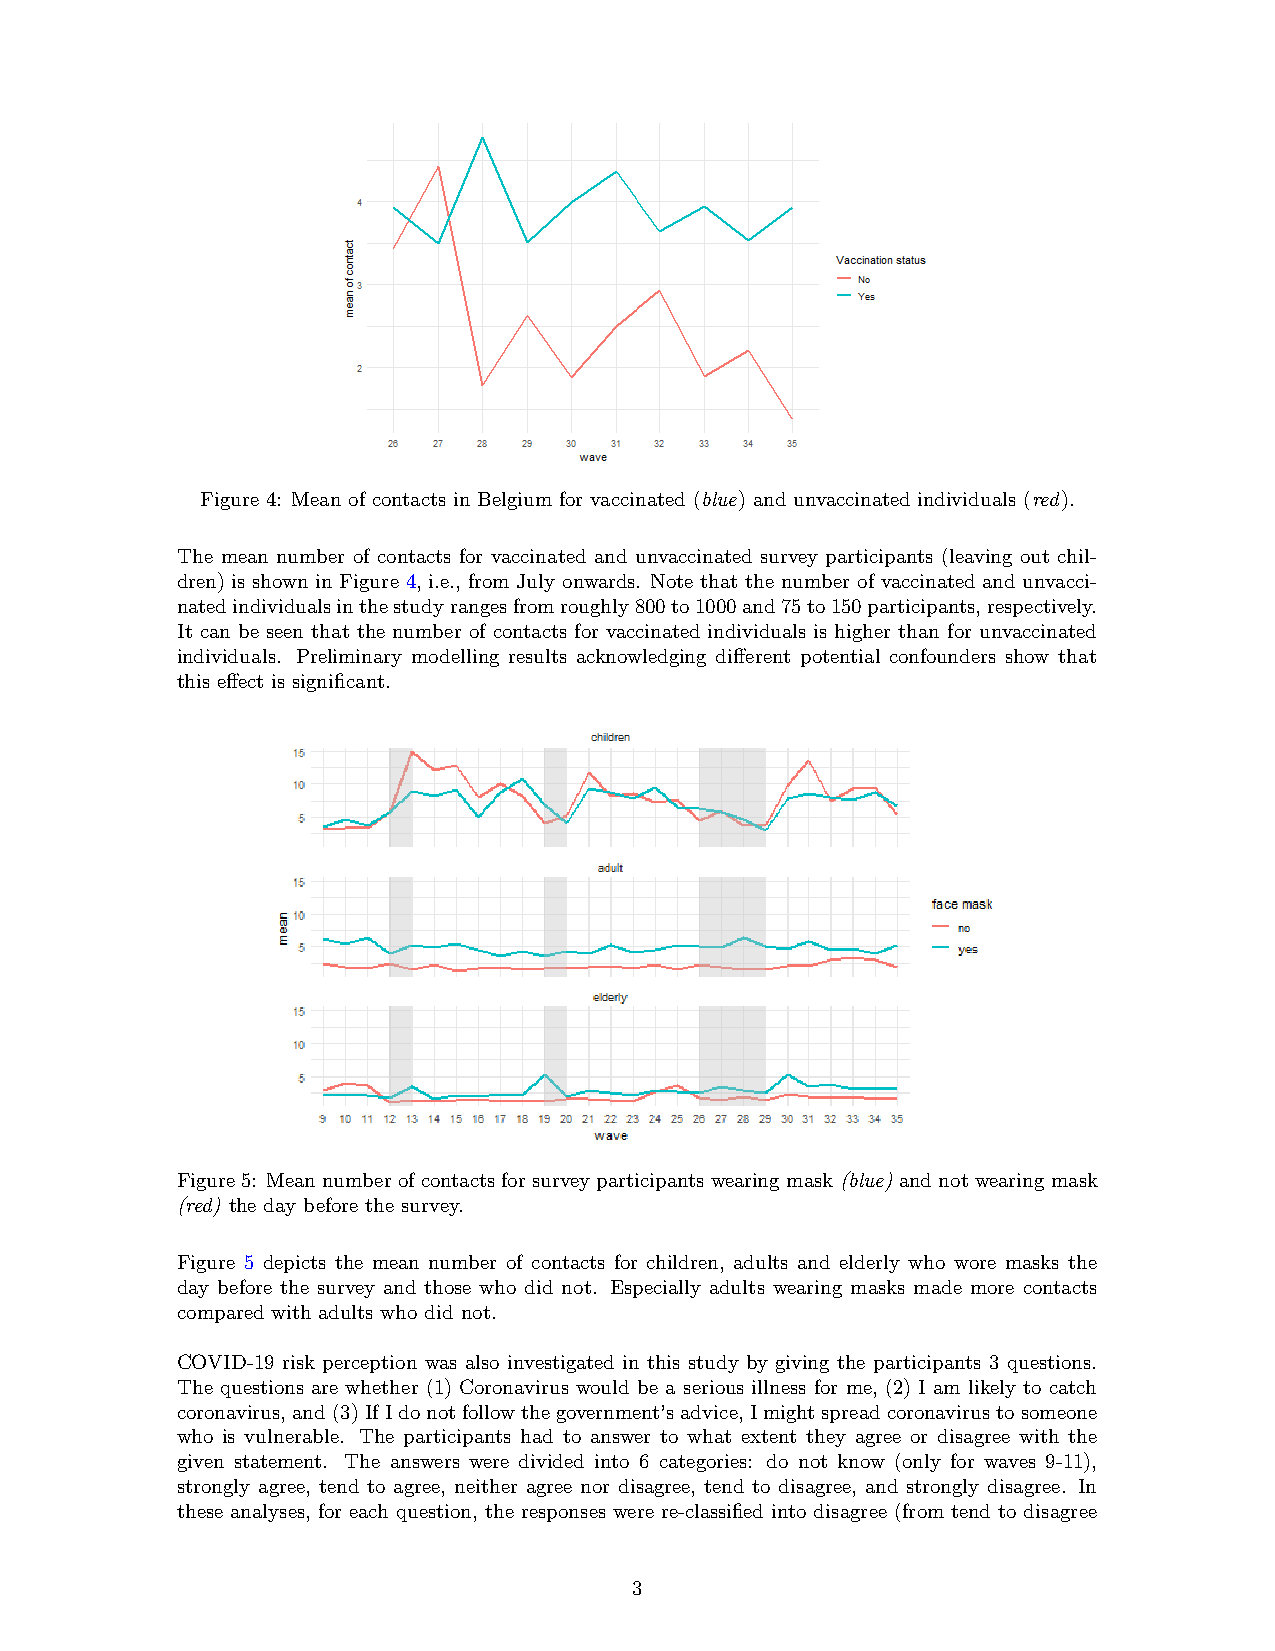
Figure 4: Mean of contacts in Belgium for vaccinated (blue) and unvaccinated individuals (red).
 The mean number of contacts for vaccinated and unvaccinated survey participants (leaving out chil-
 dren) is shown in Figure 4, i.e., from July onwards. Note that the number of vaccinated and unvacci-
 natedindividualsinthestudyrangesfromroughly800to1000and75to150participants,respectively.
 It can be seen that the number of contacts for vaccinated individuals is higher than for unvaccinated
 individuals. Preliminary modelling results acknowledging different potential confounders show that
 this effect is significant.
 Figure5: Meannumberofcontactsforsurveyparticipantswearingmask(blue) andnotwearingmask
 (red) the day before the survey.
 Figure 5 depicts the mean number of contacts for children, adults and elderly who wore masks the
 day before the survey and those who did not. Especially adults wearing masks made more contacts
 compared with adults who did not.
 COVID-19 risk perception was also investigated in this study by giving the participants 3 questions.
 The questions are whether (1) Coronavirus would be a serious illness for me, (2) I am likely to catch
 coronavirus,and(3)IfIdonotfollowthegovernment’sadvice,Imightspreadcoronavirustosomeone
 who is vulnerable. The participants had to answer to what extent they agree or disagree with the
 given statement. The answers were divided into 6 categories: do not know (only for waves 9-11),
 strongly agree, tend to agree, neither agree nor disagree, tend to disagree, and strongly disagree. In
 these analyses, for each question, the responses were re-classified into disagree (from tend to disagree
 3